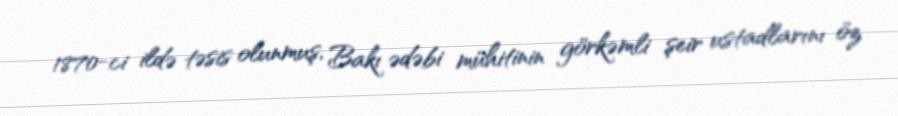
1870-ci ildə təsis olunmuş, Bakı ədəbi mühitinin görkəmli şeir ustadlarını öz